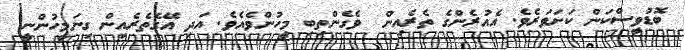
ބޮޑުވީސްކަން ކަށަވަރެވެ. އެއުރެންގެ ތެރެއިން  ވެގެންތިބި މީހުންވެއެވެ. އަދި އޭގެތެރެއިން ގިނަމީހުންނީ